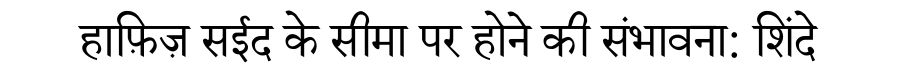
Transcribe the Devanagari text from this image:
हाफ़िज़ सईद के सीमा पर होने की संभावना: शिंदे